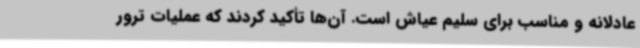
عادلانه و مناسب برای سلیم عیاش است. آن‌ها تأکید کردند که عملیات ترور